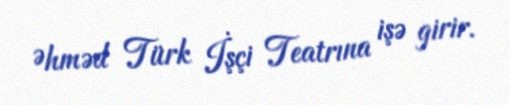
Əhməd Türk İşçi Teatrına işə girir.